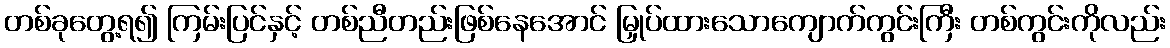
တစ်ခုတွေ့ရ၍ ကြမ်းပြင်နှင့် တစ်ညီတည်းဖြစ်နေအောင် မြှုပ်ထားသောကျောက်ကွင်းကြီး တစ်ကွင်းကိုလည်း